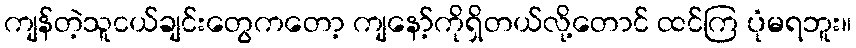
ကျန်တဲ့သူငယ်ချင်းတွေကတော့ ကျနော့်ကိုရှိတယ်လို့တောင် ထင်ကြ ပုံမရဘူး။